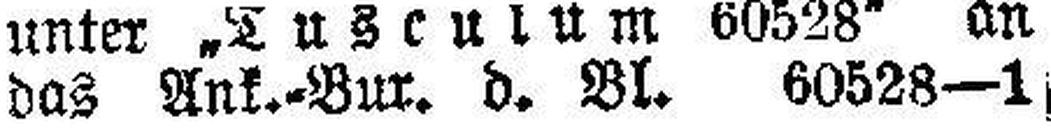
das Ank.-Bur. d. Bl. 60528-1